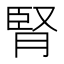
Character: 腎